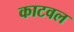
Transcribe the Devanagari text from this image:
काटवल